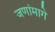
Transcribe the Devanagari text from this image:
जणांमागे